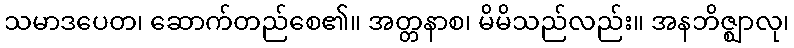
သမာဒပေတ၊ ဆောက်တည်စေ၏။ အတ္တနာစ၊ မိမိသည်လည်း။ အနဘိဇ္ဈာလု၊